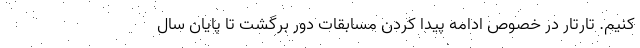
کنیم. تارتار در خصوص ادامه پیدا کردن مسابقات دور برگشت تا پایان سال